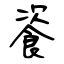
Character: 餈